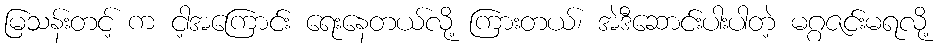
မြသန်းတင့် က ငါ့အကြောင်း ရေးနေတယ်လို့ ကြားတယ်၊ အဲဒီဆောင်းပါးပါတဲ့ မဂ္ဂဇင်းမရလို့